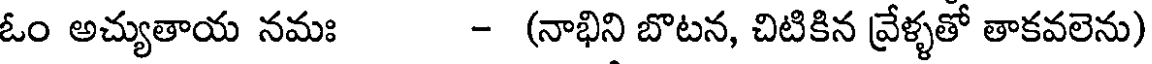
ఓం అచ్యుతాయ నమః - (నాభిని బొటన, చిటికిన వ్రేళ్ళతో తాకవలెను)